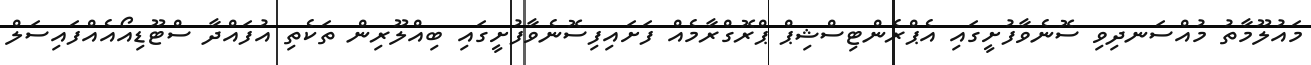
މައުލޫމާތު މުއްސަނދިވި ސޮނެވާފުށީގައި އެޕްރެންޓިސްޝިޕް ޕްރޮގްރާމެއް ފަށައިފިސޮނެވާފުށީގައި ބިއްލޫރިން ތަކެތި އުފައްދާ ސްޓޫޑިއޯއެއްފައިސަލް